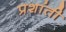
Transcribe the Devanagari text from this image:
प्रशांती